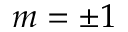
m = \pm 1